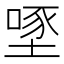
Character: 𡏔